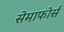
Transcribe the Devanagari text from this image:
सेमाफोर्स